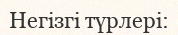
Негізгі түрлері: